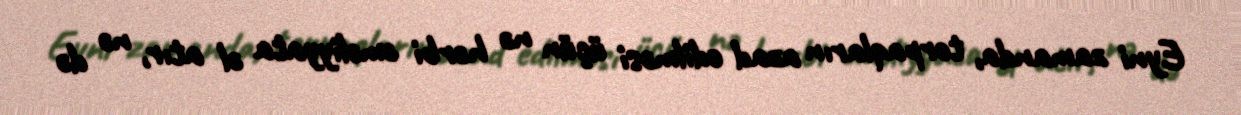
Eyni zamanda, torpaqların azad edilməsi üçün nə hərbi əməliyyata əl atır, nə də